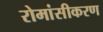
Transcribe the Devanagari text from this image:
रोमांसीकरण